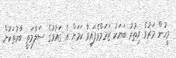
މީހުން މަރުވެ އިތުރު ބަޔަކު ޒަހަމްވެފައިވާ ކަމަށް އެ ގައުމުގެ ސަލާމަތީ ބާރުތަކުން